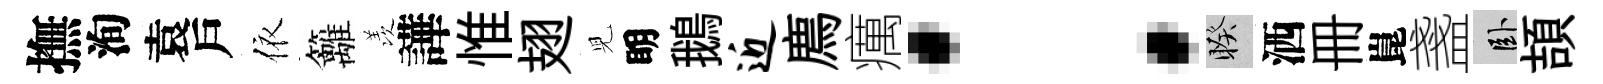
撫洵袁戶依籬羡譁惟翅児眀鵝近廌癘：睽洒册崑盞卧頡